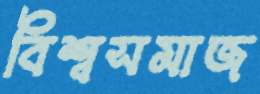
বিশ্বসমাজ